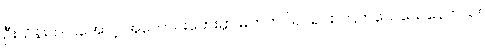
ဦးသိန်းက ငအောင့် အလောင်းဘေးမှာ မတ်တပ်ရပ်ရင်း ကြက်သေသေနေတယ်။